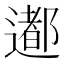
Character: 𨗊